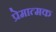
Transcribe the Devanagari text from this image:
प्रेमात्मक